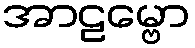
အာဠမ္ဗော